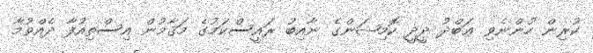
ކުރިން ހުންނެވި ޢަބްދު ދީދީ ކޮމިޝަންގެ ނާއިބު ރައީސްކަމުގެ މަޤާމުން އިސްތިއުފާ ދެއްވުމާ